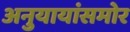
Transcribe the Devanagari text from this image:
अनुयायांसमोर